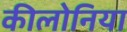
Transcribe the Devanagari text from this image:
कीलोनिया